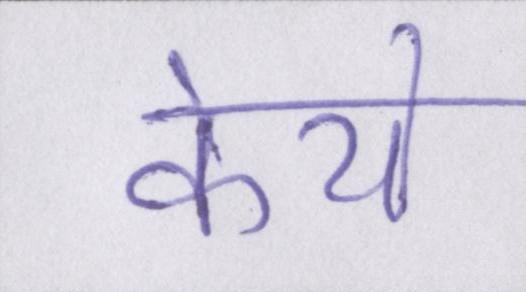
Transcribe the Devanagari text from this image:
केये